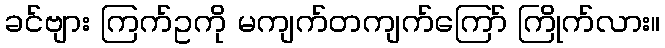
ခင်ဗျား ကြက်ဥကို မကျက်တကျက်ကြော် ကြိုက်လား။